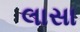
લાસા